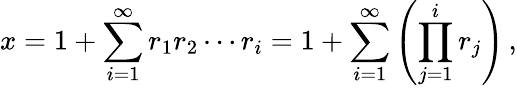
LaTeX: x=1+\sum_{i=1}^{\infty}r_{1}r_{2}\cdots r_{i}=1+\sum_{i=1}^{\infty}\left(\prod_{j=1}^{i}r_{j}\right)\, ,